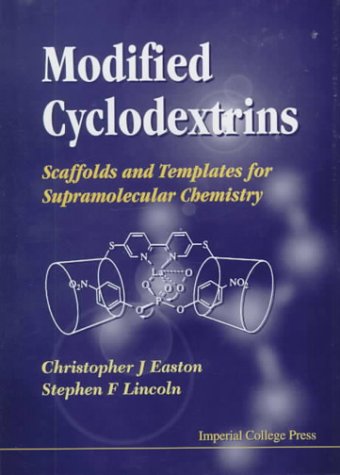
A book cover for Modified Cyclodextrins: Scaffolds and Templates for Supramolecular Chemistry; Christopher J. Easton; Science & Math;